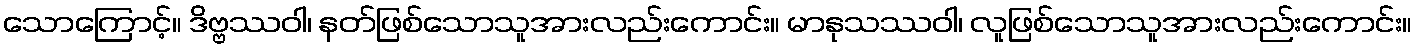
သောကြောင့်။ ဒိဗ္ဗဿဝါ၊ နတ်ဖြစ်သောသူအားလည်းကောင်း။ မာနုသဿဝါ၊ လူဖြစ်သောသူအားလည်းကောင်း။